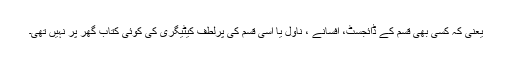
یعنی کہ کسی بھی قسم کے ڈائجسٹ، افسانے ، ناول یا اسی قسم کی پرلطف کیٹیگری کی کوئی کتاب گھر پر نہیں تھی۔